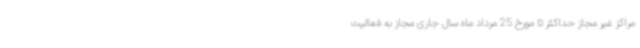
مراکز غیر مجاز حداکثر تا مورخ 25 مرداد ماه سال جاری مجاز به فعالیت